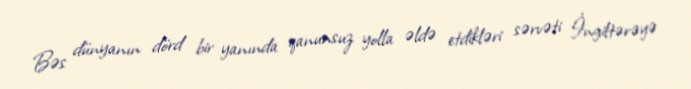
Bəs dünyanın dörd bir yanında qanunsuz yolla əldə etdikləri sərvəti İngiltərəyə